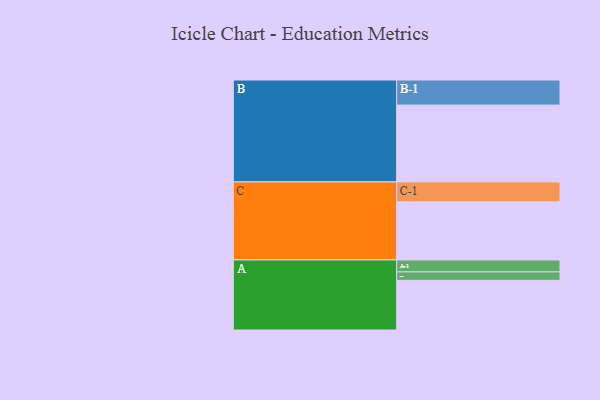
{"axis": {"x": "Segment", "y": "Value"}, "legend": ["", "A", "B", "C"], "data": [{"x": "A", "y": 374, "type": ""}, {"x": "B", "y": 579, "type": ""}, {"x": "C", "y": 438, "type": ""}, {"x": "A-1", "y": 90, "type": "A"}, {"x": "A-2", "y": 64, "type": "A"}, {"x": "B-1", "y": 189, "type": "B"}, {"x": "C-1", "y": 150, "type": "C"}]}